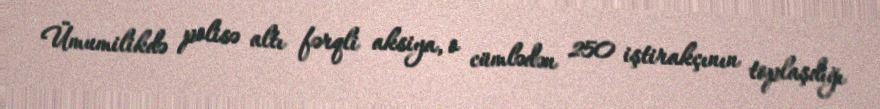
Ümumilikdə polisə altı fərqli aksiya, o cümlədən 250 iştirakçının toplaşdığı